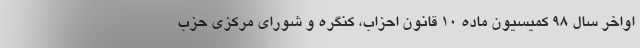
اواخر سال ۹۸ کمیسیون ماده ۱۰ قانون احزاب، کنگره و شورای مرکزی حزب